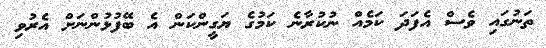
ތަނުގައި ވެސް އެފަދަ ކަމެއް ނުކުރާނެ ކަމުގެ ޔަގީންކަން އެ ބޭފުޅުންނަށް އެރުވި